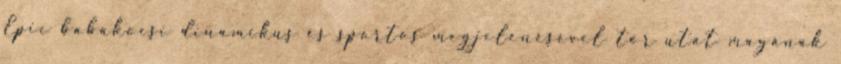
Epic babakocsi dinamikus és sportos megjelenésével tör utat magának